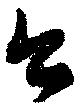
公